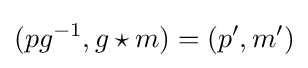
(pg^{-1},g\star m)=(p',m')